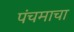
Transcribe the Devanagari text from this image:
पंचमाचा